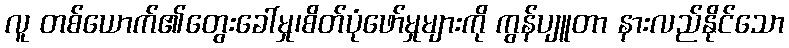
လူ တစ်ယောက်၏တွေးခေါ်မှု၊စိတ်ပုံဖော်မှုများကို ကွန်ပျူတာ နားလည်နိုင်သော